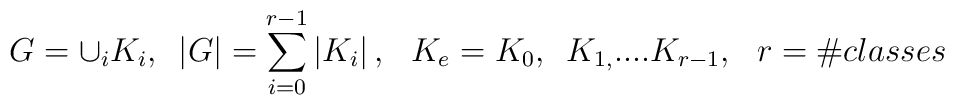
G=\cup _{i}K_{i},\,\,\,\left| G\right| =\sum_{i=0}^{r-1}\left| K_{i}\right|,\,\,\,\,K_{e}=K_{0},\,\,\,K_{1,}....K_{r-1},\,\,\,\,r=\#classes